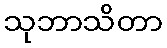
သုဘာသိတာ